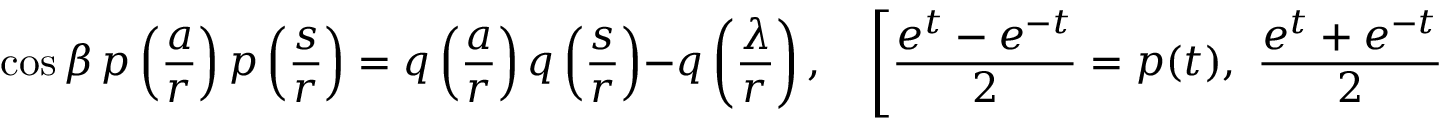
\cos \beta \, p \left( { \frac { a } { r } } \right) p \left( { \frac { s } { r } } \right) = q \left( { \frac { a } { r } } \right) q \left( { \frac { s } { r } } \right) - q \left( { \frac { \lambda } { r } } \right) , \quad \left[ { \frac { e ^ { t } - e ^ { - t } } { 2 } } = p ( t ) , \ { \frac { e ^ { t } + e ^ { - t } } { 2 } } = q ( t ) \right]